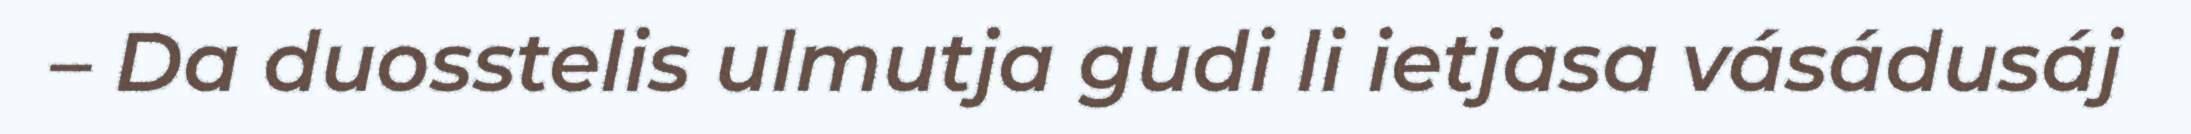
– Da duosstelis ulmutja gudi li ietjasa vásádusáj